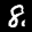
Label: 8